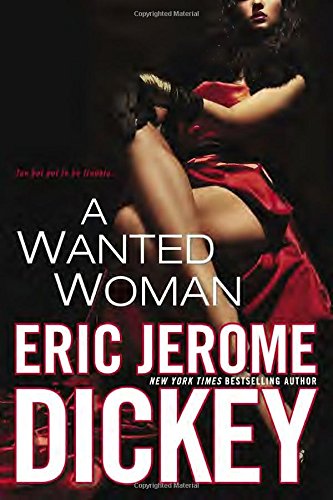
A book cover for A Wanted Woman; Eric Jerome Dickey; Romance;